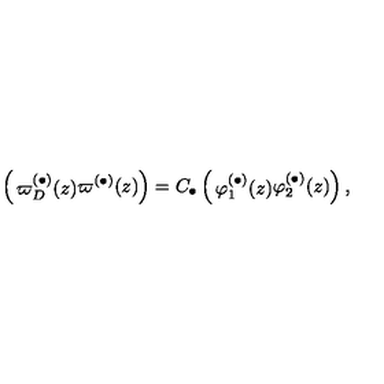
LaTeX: \left( \begin{matrix} { \varpi _ { D } ^ { ( \bullet ) } ( z ) } \\ { \varpi ^ { ( \bullet ) } ( z ) } \\ \end{matrix} \right) = C _ { \bullet } \left( \begin{matrix} { \varphi _ { 1 } ^ { ( \bullet ) } ( z ) } \\ { \varphi _ { 2 } ^ { ( \bullet ) } ( z ) } \\ \end{matrix} \right) ,